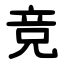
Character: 竞